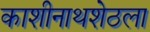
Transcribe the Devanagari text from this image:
काशीनाथशेठला